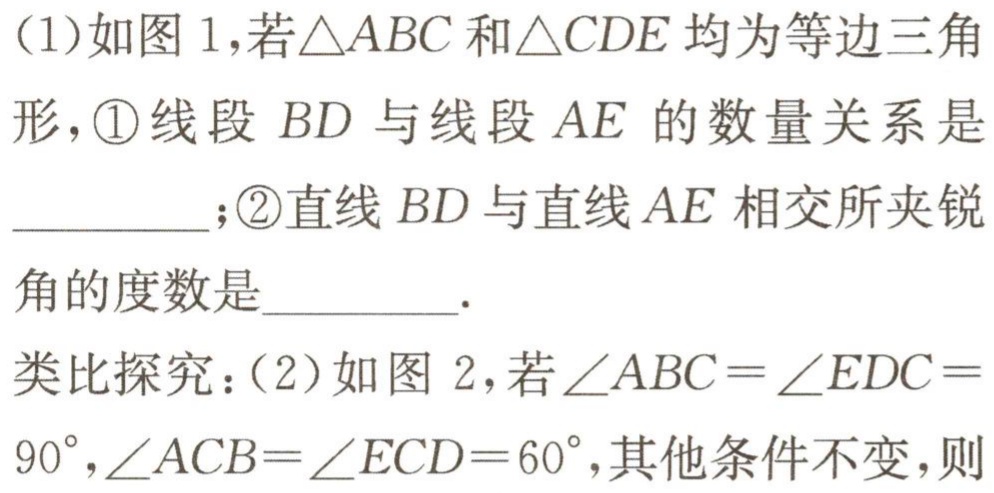
(1)如图1,若$\triangle ABC$和$\triangle CDE$均为等边三角形,\textcircled{1}线段$BD$与线段$AE$的数量关系是_________;\textcircled{2}直线$BD$与直线$AE$相交所夹锐角的度数是_________.
类比探究：(2)如图2,若$\angle ABC = \angle EDC=$
$90^{\circ},\angle ACB=\angle ECD = 60^{\circ}$,其他条件不变,则